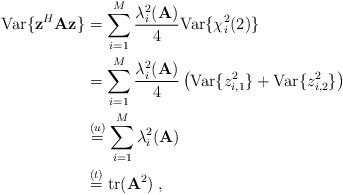
LaTeX: \begin{align*}\mathrm{Var}\{\mathbf{z}^H\mathbf{A}\mathbf{z}\}&=\sum_{i=1}^M \frac{\lambda_i^2(\mathbf{A})}{4} \mathrm{Var}\{\chi_{i}^2(2)\}\\&=\sum_{i=1}^M \frac{\lambda_i^2(\mathbf{A})}{4}\left(\mathrm{Var}\{z_{i,1}^2\}+\mathrm{Var}\{z_{i,2}^2\}\right)\\&\overset{(u)}{=}\sum_{i=1}^M \lambda_i^2(\mathbf{A})\\&\overset{(t)}{=}\mathrm{tr}(\mathbf{A}^2)\;,\end{align*}